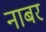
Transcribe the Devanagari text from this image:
नाबर